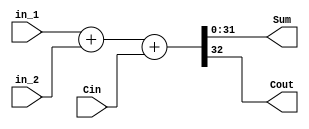
module Carry_plus(in_1, in_2,Cin, Sum, Cout);
    input [31:0] in_1, in_2;	
    input Cin;
    output wire Cout;
    output wire [31:0] Sum;
    assign {Cout, Sum} = in_1 + in_2 + Cin;
endmodule